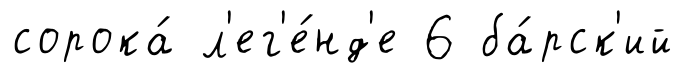
сорока́ л'ег'е́нд'е 6 ба́рск'ий